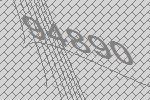
94890